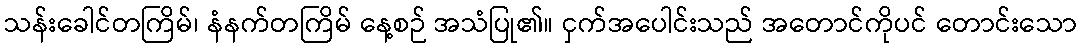
သန်းခေါင်တကြိမ်၊ နံနက်တကြိမ် နေ့စဉ် အသံပြု၏။ ငှက်အပေါင်းသည် အတောင်ကိုပင် တောင်းသော